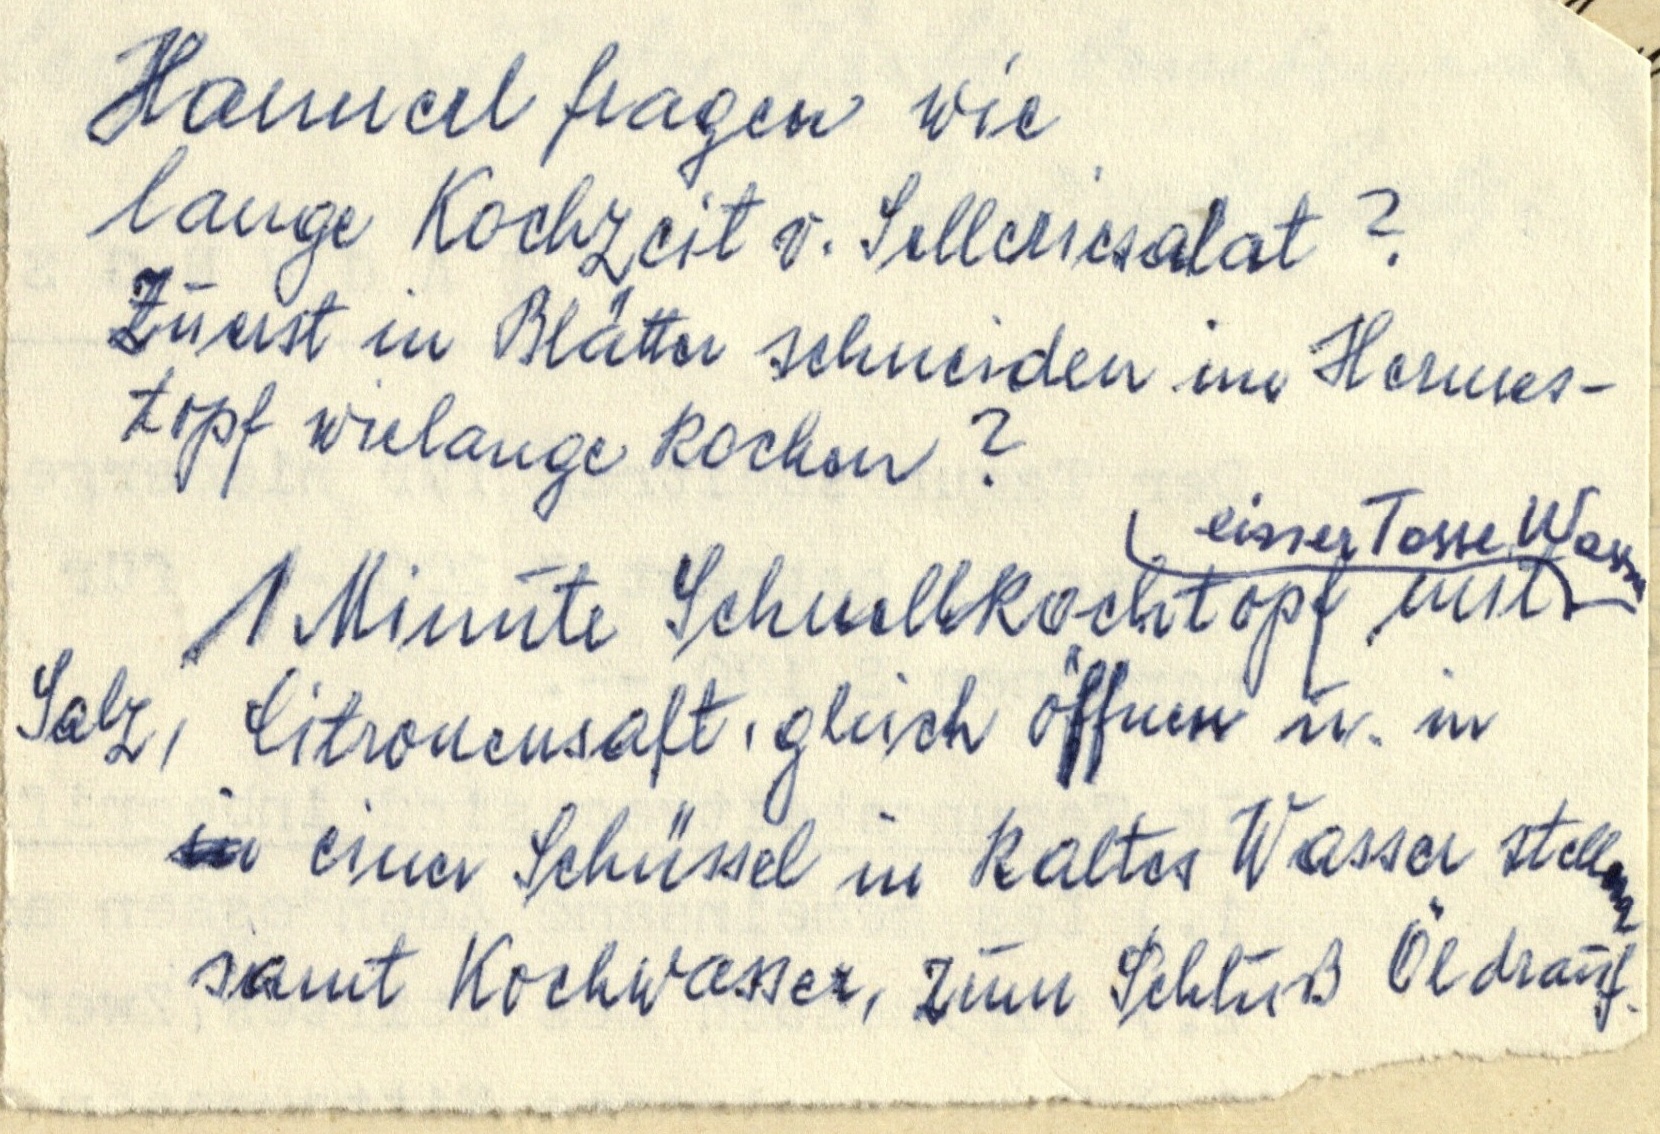
Hannerl fragen wie
lange Kochzeit v. Selleriesalat?
Zuerst in Blätter schneiden im Hermes¬
topf wielange kochen?
1 Minute Schnellkochtopf mit einer Tasse Wasser
Salz, Citronensaft, gleich öffnen u. in
in einer Schüssel in kaltes Wasser stellen
samt Kochwasser, zum Schluß Öl drauf.